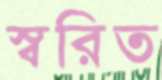
স্বরিত